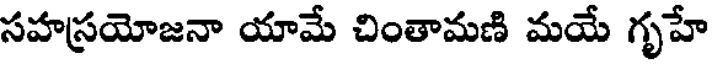
సహస్రయోజనా యామే చింతామణి మయే గృహే